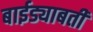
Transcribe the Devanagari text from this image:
बाईड्याबती